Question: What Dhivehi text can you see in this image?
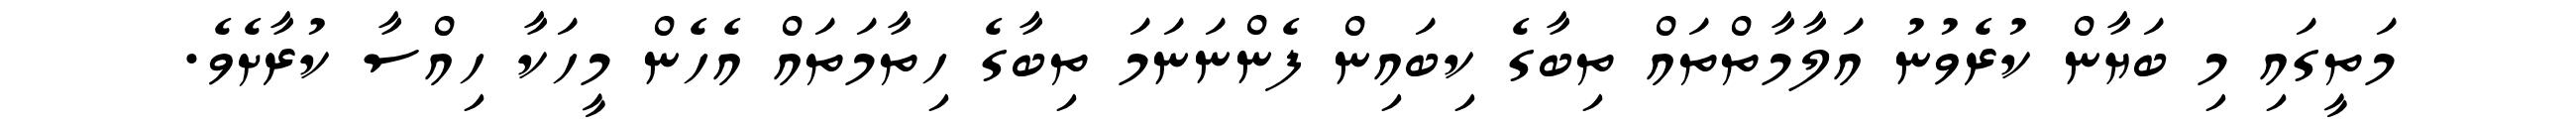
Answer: މަތީގައި މި ބަޔާން ކުރެވުނު އަލާމާތްތައް ތިބާގެ ކިބައިން ފެންނަނަމަ ތިބާގެ ހިތާމަތައް އެހެން މީހަކާ ހިއްސާ ކުރާށެވެ.